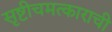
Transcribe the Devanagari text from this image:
सृष्टीचमत्काराची